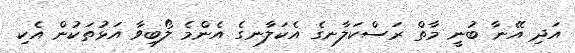
އަދި އޭނާ ބުނީ މާތް ރަސްކަލާނގެ އެކަލާނގެ އެންމެ ލޯބިވާ އަޅުތަކުން އެކި